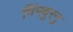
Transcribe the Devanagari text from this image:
मिंगबुरनु